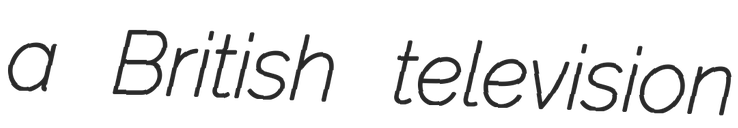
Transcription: a British television